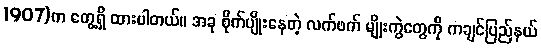
1907)က တွေ့ရှိ ထားပါတယ်။ အခု စိုက်ပျိုးနေတဲ့ လက်ဖက် မျိုးကွဲတွေကို ကချင်ပြည်နယ်